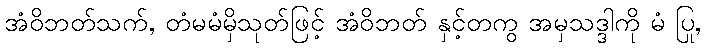
အံဝိဘတ်သက်, တံမမံမှိသုတ်ဖြင့် အံဝိဘတ် နှင့်တကွ အမှသဒ္ဒါကို မံ ပြု,